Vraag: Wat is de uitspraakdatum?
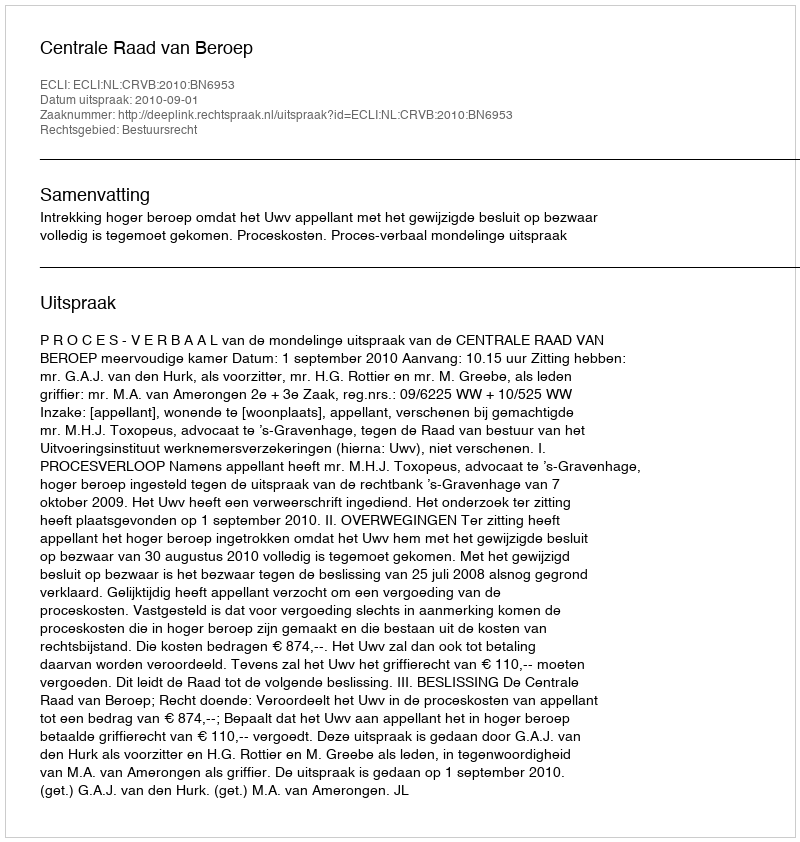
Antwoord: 2010-09-01